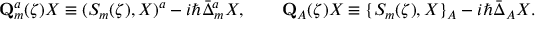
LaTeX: \mathbf { Q } _ { m } ^ { a } ( \zeta ) X \equiv ( S _ { m } ( \zeta ) , X ) ^ { a } - i \hbar \bar { \Delta } _ { m } ^ { a } X , \qquad \mathbf { Q } _ { A } ( \zeta ) X \equiv \{ S _ { m } ( \zeta ) , X \} _ { A } - i \hbar \bar { \Delta } _ { A } X .